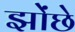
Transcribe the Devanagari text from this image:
झोंछे